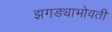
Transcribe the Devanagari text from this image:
झगड्याभोवती